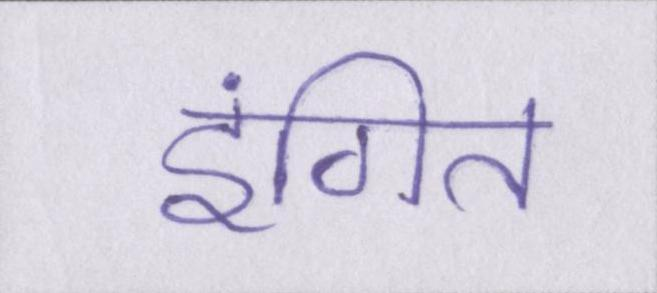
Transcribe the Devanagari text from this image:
इंगित